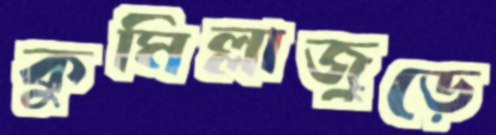
কুমিল্লাজুড়ে